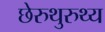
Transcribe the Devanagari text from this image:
छेरुथुरुथ्य